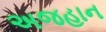
અજહાન